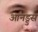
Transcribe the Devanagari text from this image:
आनड्रुस